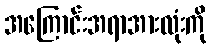
အကြောင်းအရာအားလုံးကို